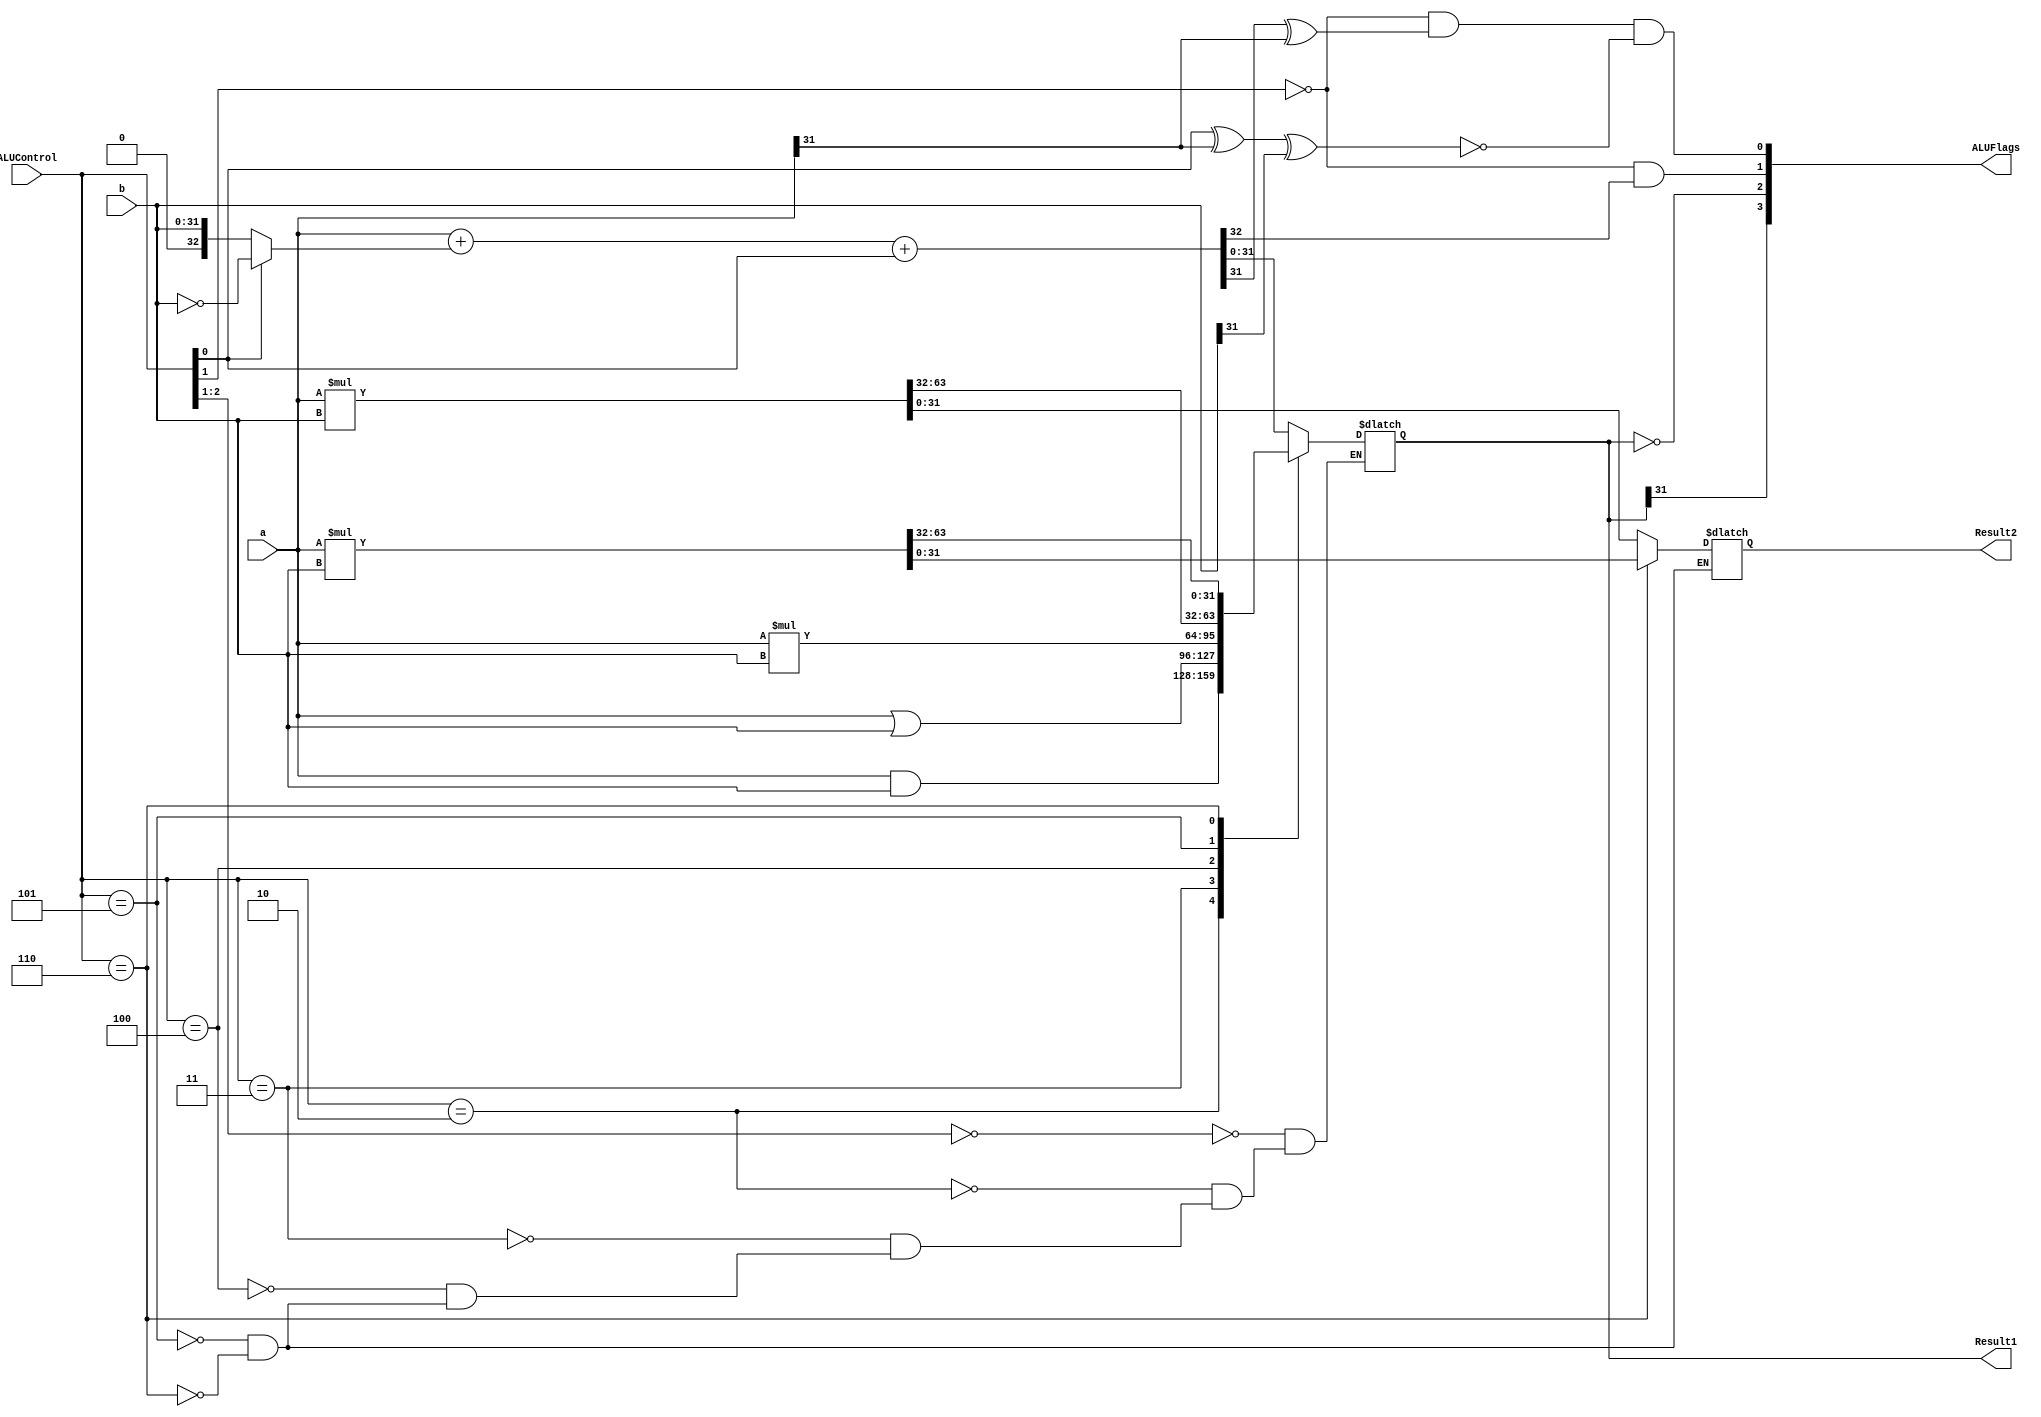
module alu(
    a,
    b,
    ALUControl,
    Result1,
    Result2,
    ALUFlags
);

  input [31:0] a, b;
  input [2:0] ALUControl;
  output reg [31:0] Result1;
  output reg [31:0] Result2;
  output wire [3:0] ALUFlags;
  
  wire signed [31:0] signed_a = a;
  wire signed [31:0] signed_b = b;
  wire [32:0] sum;
  wire neg, zero, carry, overflow;
  
  assign sum = a + (ALUControl[0]? ~b:b) + ALUControl[0];

  always @(*)
    begin
      casex (ALUControl[2:0]) 
        3'b00?: Result1=sum;
        3'b010: Result1=a&b;
				3'b011: Result1=a|b;
        3'b100: Result1 = a*b;
        3'b101: {Result1, Result2} = a*b;
        3'b110: {Result1, Result2} = signed_a*signed_b;
    	endcase    
    end
  
  assign neg = Result1[31];
  assign zero = (Result1 == 32'b0); 
  assign carry = (ALUControl[1]==1'b0) & sum[32];
  assign overflow = (ALUControl[1]==1'b0) & (sum[31] 
	^ a[31])  & ~(ALUControl[0] ^ a[31] ^ b[31]);
  
  assign ALUFlags= {neg, zero, carry, overflow};
  
endmodule